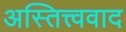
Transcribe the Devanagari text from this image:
अस्तित्त्ववाद